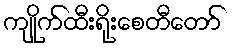
ကျိုက်ထီးရိုးစေတီတော်